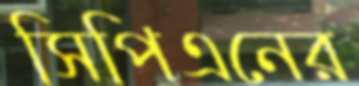
সিপিএনের